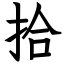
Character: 拾